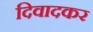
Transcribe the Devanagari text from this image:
दिवादकर